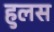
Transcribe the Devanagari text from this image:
हुलस